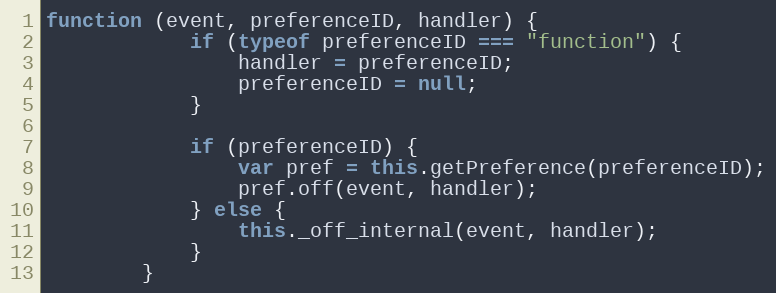
Language: JavaScript
function (event, preferenceID, handler) {
            if (typeof preferenceID === "function") {
                handler = preferenceID;
                preferenceID = null;
            }

            if (preferenceID) {
                var pref = this.getPreference(preferenceID);
                pref.off(event, handler);
            } else {
                this._off_internal(event, handler);
            }
        }